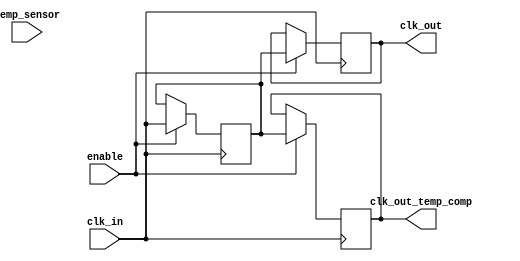
module Temp_Compensated_Clock_Buffer (
    input wire clk_in,           // Input clock signal
    input wire temp_sensor,      // Temperature sensor input
    input wire enable,           // Buffer enable signal
    output reg clk_out,          // Buffered clock signal
    output reg clk_out_temp_comp // Temperature compensated clock output
);

// Internal parameters for compensation (example values)
parameter TEMP_THRESHOLD = 25; // Example threshold temperature in degree Celsius
parameter COMPENSATION_FACTOR = 2; // Example compensation factor

// Internal signals
reg [7:0] temp_value; // Simulated temperature value
reg clk_buf;          // Buffered clock signal before compensation

// Clock Buffering Logic
always @(posedge clk_in) begin
    if (enable) begin
        clk_buf <= clk_in; // Buffer the input clock
        clk_out <= clk_buf; // Output the buffered clock
    end
end

// Temperature Compensation Logic
always @(posedge clk_in) begin
    if (enable) begin
        // Simulate reading temperature
        // In a real scenario, this could be done via an ADC or other interface.
        temp_value <= temp_sensor ? 30 : 20; // Simulated temperature values
        
        // Adjust clock based on temperature (simplified example)
        if (temp_value > TEMP_THRESHOLD) begin
            // Apply compensation (e.g., adjusting delay)
            clk_out_temp_comp <= clk_buf; // Buffer with temp compensation (e.g., this might include skew adjustment)
        end else begin
            clk_out_temp_comp <= clk_buf; // No compensation needed
        end
    end
end

endmodule